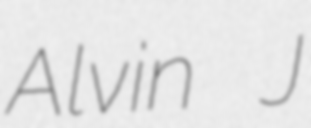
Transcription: Alvin J